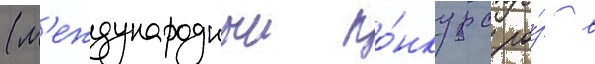
(м'еждународныи ко́нкурс ро́з в